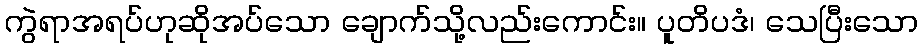
ကွဲရာအရပ်ဟုဆိုအပ်သော ချောက်သို့လည်းကောင်း။ ပူတိပဒံ၊ သေပြီးသော